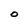
Character: O